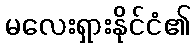
မလေးရှားနိုင်ငံ၏